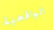
الواقعية